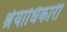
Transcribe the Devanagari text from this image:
श्रेयाधिकारी